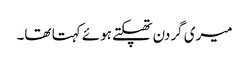
میری گردن تھپکتے ہوئے کہتا تھا۔